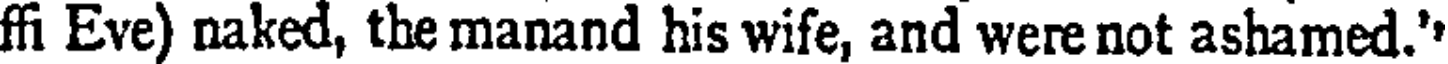
ffi Eve) naked, the manand his wife, and were not ashamed.'